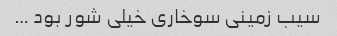
سیب زمینی سوخاری خیلی شور بود …